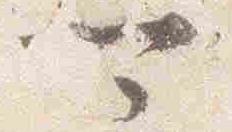
可